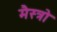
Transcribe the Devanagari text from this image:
मैस्त्रो